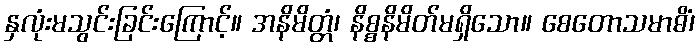
နှလုံးမသွင်းခြင်းကြောင့်။ အနိမိတ္တံ၊ နိစ္စနိမိတ်မရှိသော။ စေတောသမာဓိံ၊